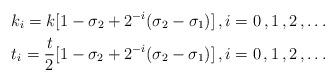
LaTeX: \begin{gather*} k_{i} = k[ 1-\sigma_{2} + 2^{-i} (\sigma_{2}-\sigma_{1}) ] \,, i=0\,,1\,,2\,,\dots \\ t_{i} = \frac{t}{2} [ 1-\sigma_{2} + 2^{-i} (\sigma_{2}-\sigma_{1}) ] \,, i=0\,,1\,,2\,,\dots \end{gather*}